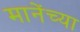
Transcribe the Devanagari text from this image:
मानेंच्या